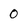
Character: 0